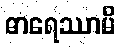
ဓာရေဿာမိ